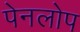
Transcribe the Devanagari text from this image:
पेनलोप